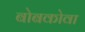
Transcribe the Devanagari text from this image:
बोबकोवा